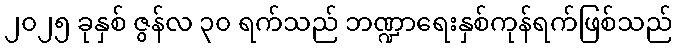
၂၀၂၅ ခုနှစ် ဇွန်လ ၃၀ ရက်သည် ဘဏ္ဍာရေးနှစ်ကုန်ရက်ဖြစ်သည်